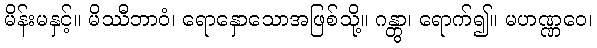
မိန်းမနှင့်။ မိဿီဘာဝံ၊ ရောနှောသောအဖြစ်သို့။ ဂန္တွာ၊ ရောက်၍။ မဟဏ္ဏဝေ၊